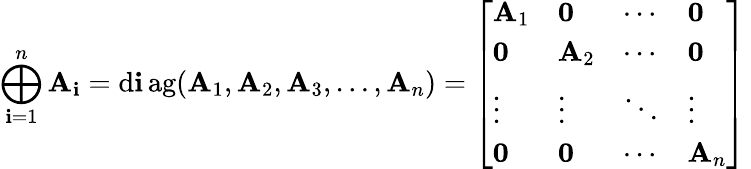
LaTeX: \bigoplus_{\mathbf{i}=1}^{n}\mathbf{{A}}_{\mathbf{i}}=\operatorname{d\mathbf{i}ag}(\mathbf{{A}}_{1},\mathbf{{A}}_{2},\mathbf{{A}}_{3},\ldots,\mathbf{{A}}_{n})={\left[\begin{array}{llll}{\mathbf{A}_{1}}&{{\boldsymbol{0}}}&{\cdots}&{{\boldsymbol{0}}}\\ {{\boldsymbol{0}}}&{\mathbf{A}_{2}}&{\cdots}&{{\boldsymbol{0}}}\\ {\vdots}&{\vdots}&{\ddots}&{\vdots}\\ {{\boldsymbol{0}}}&{{\boldsymbol{0}}}&{\cdots}&{\mathbf{A}_{n}}\end{array}\right]}\,